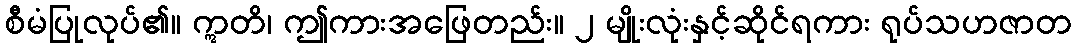
စီမံပြုလုပ်၏။ ဣတိ၊ ဤကားအဖြေတည်း။ ၂ မျိုးလုံးနှင့်ဆိုင်ရကား ရုပ်သဟဇာတ